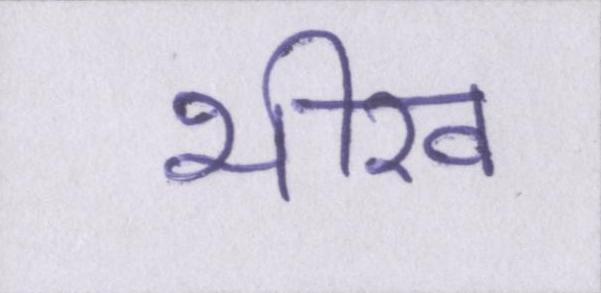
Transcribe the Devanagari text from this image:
भीख